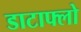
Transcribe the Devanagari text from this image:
डाटाफ्लो